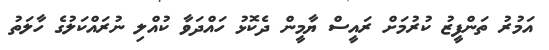
އަމުރު ތަންފީޒު ކުރުމަށް ރައީސް ޔާމީން ދެކޮޅު ހައްދަވާ ކުއްލި ނުރައްކަލުގެ ހާލަތު